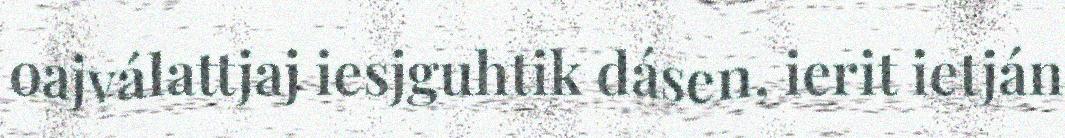
oajválattjaj iesjguhtik dásen, ierit ietján